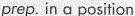
prep. in q position